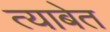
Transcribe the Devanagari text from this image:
त्याबेत